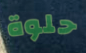
حلوة